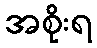
အစိုးရ